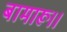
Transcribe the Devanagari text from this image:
बामारू।।